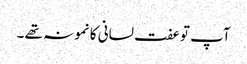
آپ توعفت لسانی کا نمونہ تھے ۔